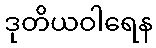
ဒုတိယဝါရေန